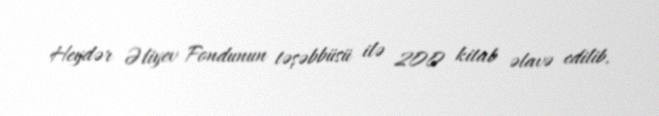
Heydər Əliyev Fondunun təşəbbüsü ilə 200 kitab əlavə edilib.